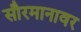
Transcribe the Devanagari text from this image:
सौरमानावर